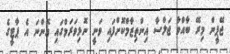
ޖޭޕީން މިރޭ ބާއްވާ ޖަލްސާ އިންތިޒާމްކޮށްފައި ވަނީ ނޮޅިވަރަމްގައި އޮންނަ އެ ޕާޓީގެ